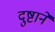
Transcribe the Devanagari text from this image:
दुष्टाने